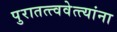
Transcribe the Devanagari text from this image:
पुरातत्त्ववेत्त्यांना